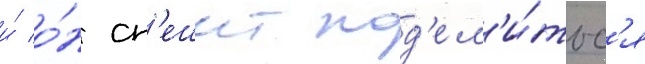
и́ о́н сп'ешит под'ел'и́тьс'я